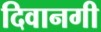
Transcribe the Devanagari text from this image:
दिवानगी